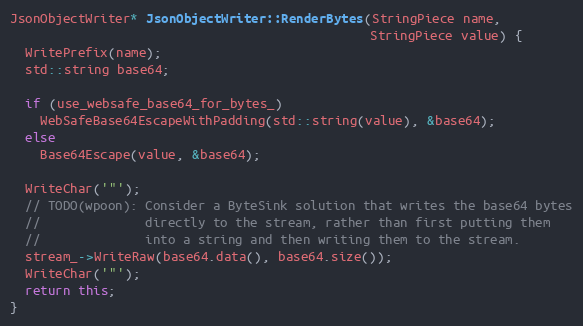
Language: C++
JsonObjectWriter* JsonObjectWriter::RenderBytes(StringPiece name,
                                                StringPiece value) {
  WritePrefix(name);
  std::string base64;

  if (use_websafe_base64_for_bytes_)
    WebSafeBase64EscapeWithPadding(std::string(value), &base64);
  else
    Base64Escape(value, &base64);

  WriteChar('"');
  // TODO(wpoon): Consider a ByteSink solution that writes the base64 bytes
  //              directly to the stream, rather than first putting them
  //              into a string and then writing them to the stream.
  stream_->WriteRaw(base64.data(), base64.size());
  WriteChar('"');
  return this;
}